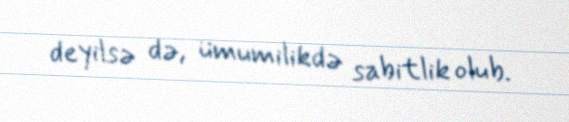
deyilsə də, ümumilikdə sabitlik olub.